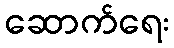
ဆောက်ရေး